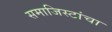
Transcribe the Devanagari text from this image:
समाजिस्टांचा